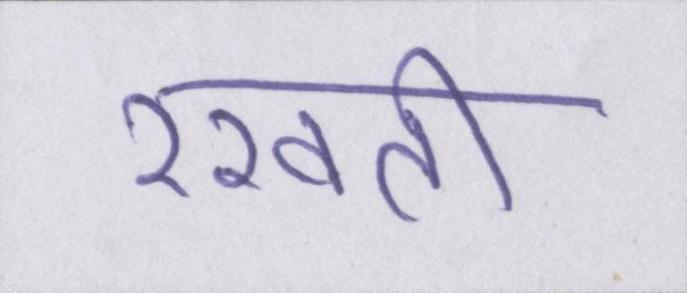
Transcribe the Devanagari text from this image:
रखती